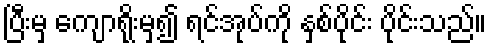
ပြီးမှ ကျောရိုးမှ၍ ရင်အုပ်ကို နှစ်ပိုင်း ပိုင်းသည်။